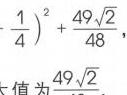
\(-\frac{1}{4})^{2}+\frac{49\sqrt{2}}{48}，
值为\frac{49\sqrt{2}}{